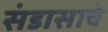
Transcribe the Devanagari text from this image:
संडासाचे